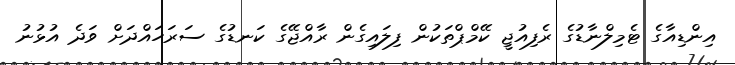
އިންޑިއާގެ ޓެމިލްނާޑުގެ ރެފިއުޖީ ކޭމްޕްތަކުން ފިލައިގެން ރާއްޖޭގެ ކަނޑުގެ ސަރަހައްދަށް ވަދެ އުޅުނު